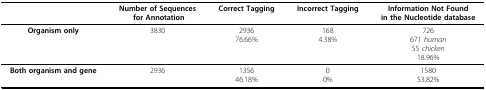
<table><thead><tr><td></td><td><b>Number of Sequences for Annotation</b></td><td><b>Correct Tagging</b></td><td><b>Incorrect Tagging</b></td><td><b>Information Not Found in the Nucleotide database</b></td></tr></thead><tbody><tr><td><b>Organism only</b></td><td>3830</td><td>293676.66%</td><td>1684.38%</td><td>726671 <i>human</i>55 <i>chicken</i>18.96%</td></tr><tr><td><b>Both organism and gene</b></td><td>2936</td><td>135646.18%</td><td>00%</td><td>158053.82%</td></tr></tbody></table>